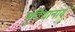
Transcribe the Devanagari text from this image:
मुटियानाय